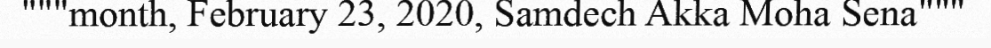
"""month, February 23, 2020, Samdech Akka Moha Sena"""